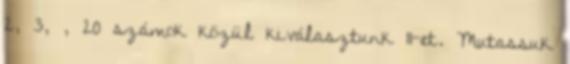
2, 3, , 20 számok közül kiválasztunk 11-et. Mutassuk